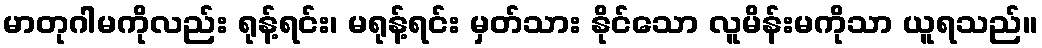
မာတုဂါမကိုလည်း ရုန့်ရင်း၊ မရုန့်ရင်း မှတ်သား နိုင်သော လူမိန်းမကိုသာ ယူရသည်။